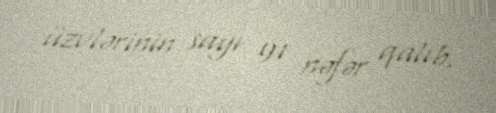
üzvlərinin sayı 91 nəfər qalıb.